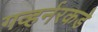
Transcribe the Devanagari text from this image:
गव्हर्नरकडे